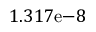
1 . 3 1 7 \mathrm { e } { - 8 }